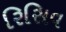
રિસિવ